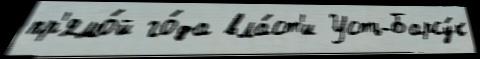
пр'ямо́й го́да вла́ст'и Усть-Барсу́к